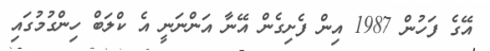
އޭގެ ފަހުން 1987 އިން ފެށިގެން އޭނާ އަންނަނީ އެ ކްލަބް ހިންގުމުގައި